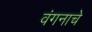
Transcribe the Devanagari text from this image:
वंगनाचे